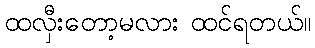
ထလှီးတော့မလား ထင်ရတယ်။